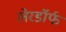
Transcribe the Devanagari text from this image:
लेरडॉर्फ